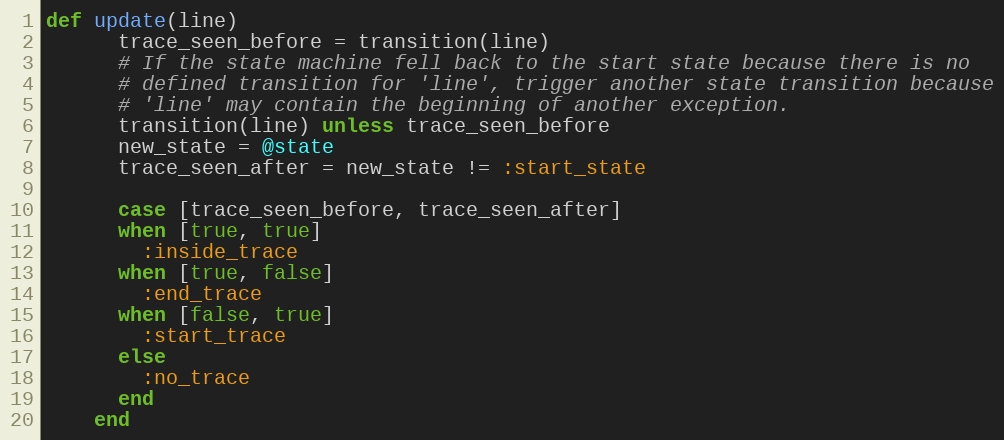
Language: Ruby
def update(line)
      trace_seen_before = transition(line)
      # If the state machine fell back to the start state because there is no
      # defined transition for 'line', trigger another state transition because
      # 'line' may contain the beginning of another exception.
      transition(line) unless trace_seen_before
      new_state = @state
      trace_seen_after = new_state != :start_state

      case [trace_seen_before, trace_seen_after]
      when [true, true]
        :inside_trace
      when [true, false]
        :end_trace
      when [false, true]
        :start_trace
      else
        :no_trace
      end
    end